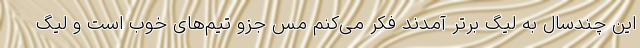
این چندسال به لیگ برتر آمدند فکر می‌کنم مس جزو تیم‌های خوب است و لیگ